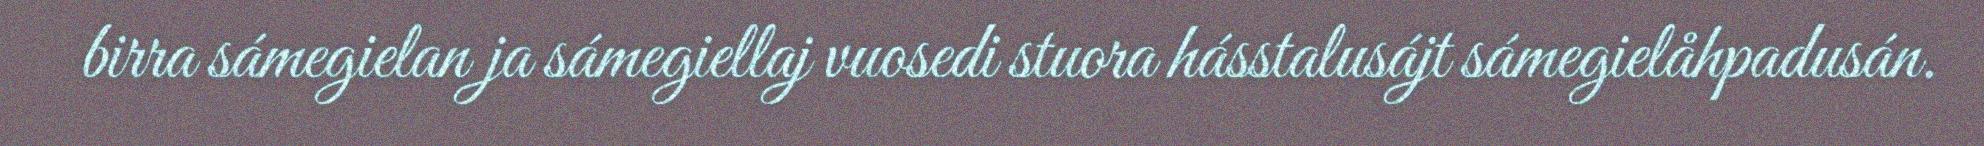
birra sámegielan ja sámegiellaj vuosedi stuora hásstalusájt sámegielåhpadusán.